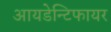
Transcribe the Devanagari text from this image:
आयडेन्टिफायर